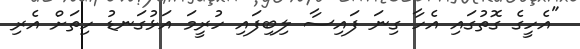
"އެހީގެ ގޮތުގައި އެހާ ގިނަ ފައިސާ ލިބިފައި ހުރީމަ އަޅުގަނޑު ހިތަށް އެރި